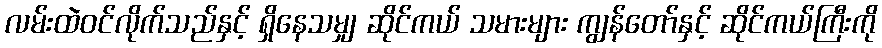
လမ်းထဲဝင်လိုက်သည်နှင့် ရှိနေသမျှ ဆိုင်ကယ် သမားများ ကျွန်တော်နှင့် ဆိုင်ကယ်ကြီးကို